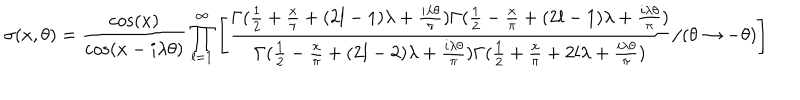
LaTeX: \sigma ( x , \theta ) = \frac { \cos ( x ) } { \cos ( x - i \lambda \theta ) } \prod _ { l = 1 } ^ { \infty } \left[ \frac { \Gamma ( \frac { 1 } { 2 } + \frac { x } { \pi } + ( 2 l - 1 ) \lambda + \frac { i \lambda \theta } { \pi } ) \Gamma ( \frac { 1 } { 2 } - \frac { x } { \pi } + ( 2 l - 1 ) \lambda + \frac { i \lambda \theta } { \pi } ) } { \Gamma ( \frac { 1 } { 2 } - \frac { x } { \pi } + ( 2 l - 2 ) \lambda + \frac { i \lambda \theta } { \pi } ) \Gamma ( \frac { 1 } { 2 } + \frac { x } { \pi } + 2 l \lambda + \frac { i \lambda \theta } { \pi } ) } / ( \theta \to - \theta ) \right]